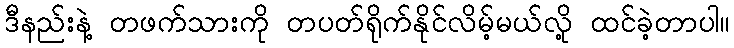
ဒီနည်းနဲ့ တဖက်သားကို တပတ်ရိုက်နိုင်လိမ့်မယ်လို့ ထင်ခဲ့တာပါ။